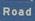
road